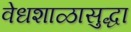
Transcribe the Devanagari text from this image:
वेधशाळासुद्धा